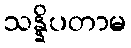
သန္နိပတာမ